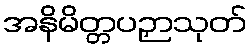
အနိမိတ္တပဉှာသုတ်